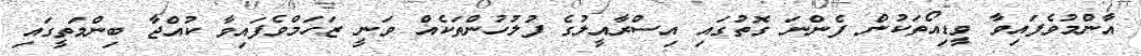
އާންމުވެފައިވާ ވީޑިއޯތަކުން ފެންނަ ގޮތުގައި އިސްރާއީލުގެ ފުލުހުންތަކެއް ވަނީ ޒަހަމްވެފައިވާ ކުއްޖާ ބިންމަތީގައި